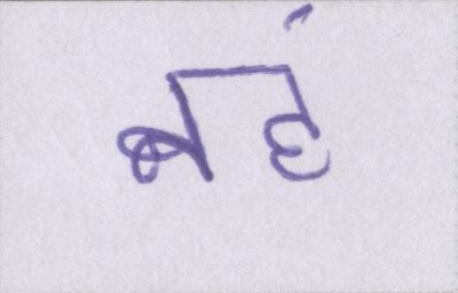
नहं